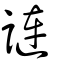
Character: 謰